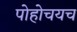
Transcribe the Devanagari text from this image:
पोहोचयच